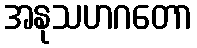
အနုသဟဂတော